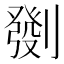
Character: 㔇